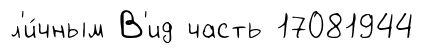
л'и́чным В'ид часть 17081944